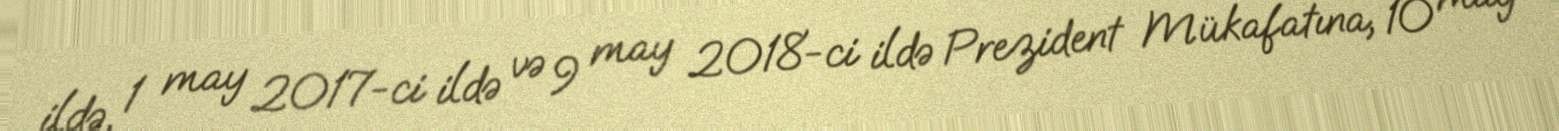
ildə, 1 may 2017-ci ildə və 9 may 2018-ci ildə Prezident Mükafatına, 10 may